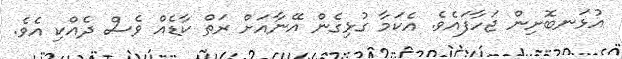
އުޅަނބޮށިން ޖަހާފައެވެ. އެކަމާ ގުޅިގެން އޭނާއަށް ރަތް ކާޑެއް ވެސް ދެއްކި އެވެ.